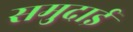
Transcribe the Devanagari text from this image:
समुदाई